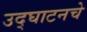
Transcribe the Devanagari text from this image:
उद्घाटनचे